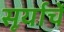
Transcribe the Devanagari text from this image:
सूर्याचें